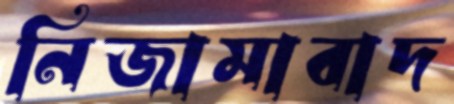
নিজামাবাদ